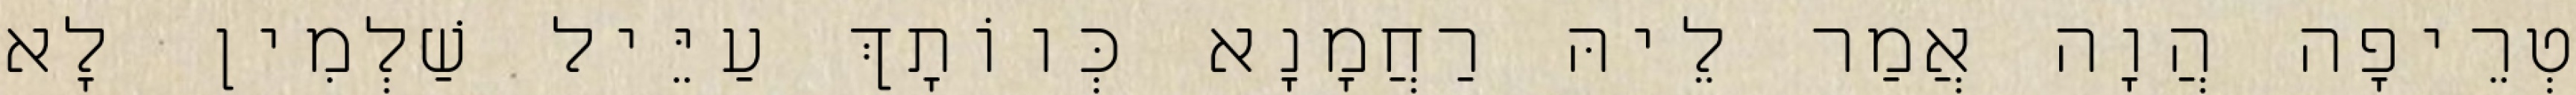
טְרֵיפָה הֲוָה אֲמַר לֵיהּ רַחֲמָנָא כְּווֹתָךְ עַיֵּיל שַׁלְמִין לָא